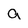
Character: a